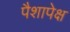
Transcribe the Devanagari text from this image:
पैशापेक्ष